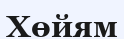
Хөйям